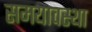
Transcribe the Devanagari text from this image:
समयावस्था